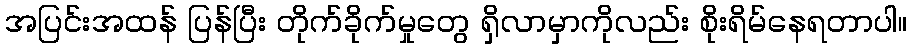
အပြင်းအထန် ပြန်ပြီး တိုက်ခိုက်မှုတွေ ရှိလာမှာကိုလည်း စိုးရိမ်နေရတာပါ။